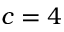
c = 4